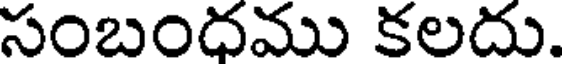
సంబందము కలదు.